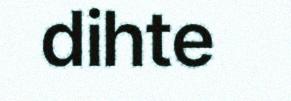
dihte